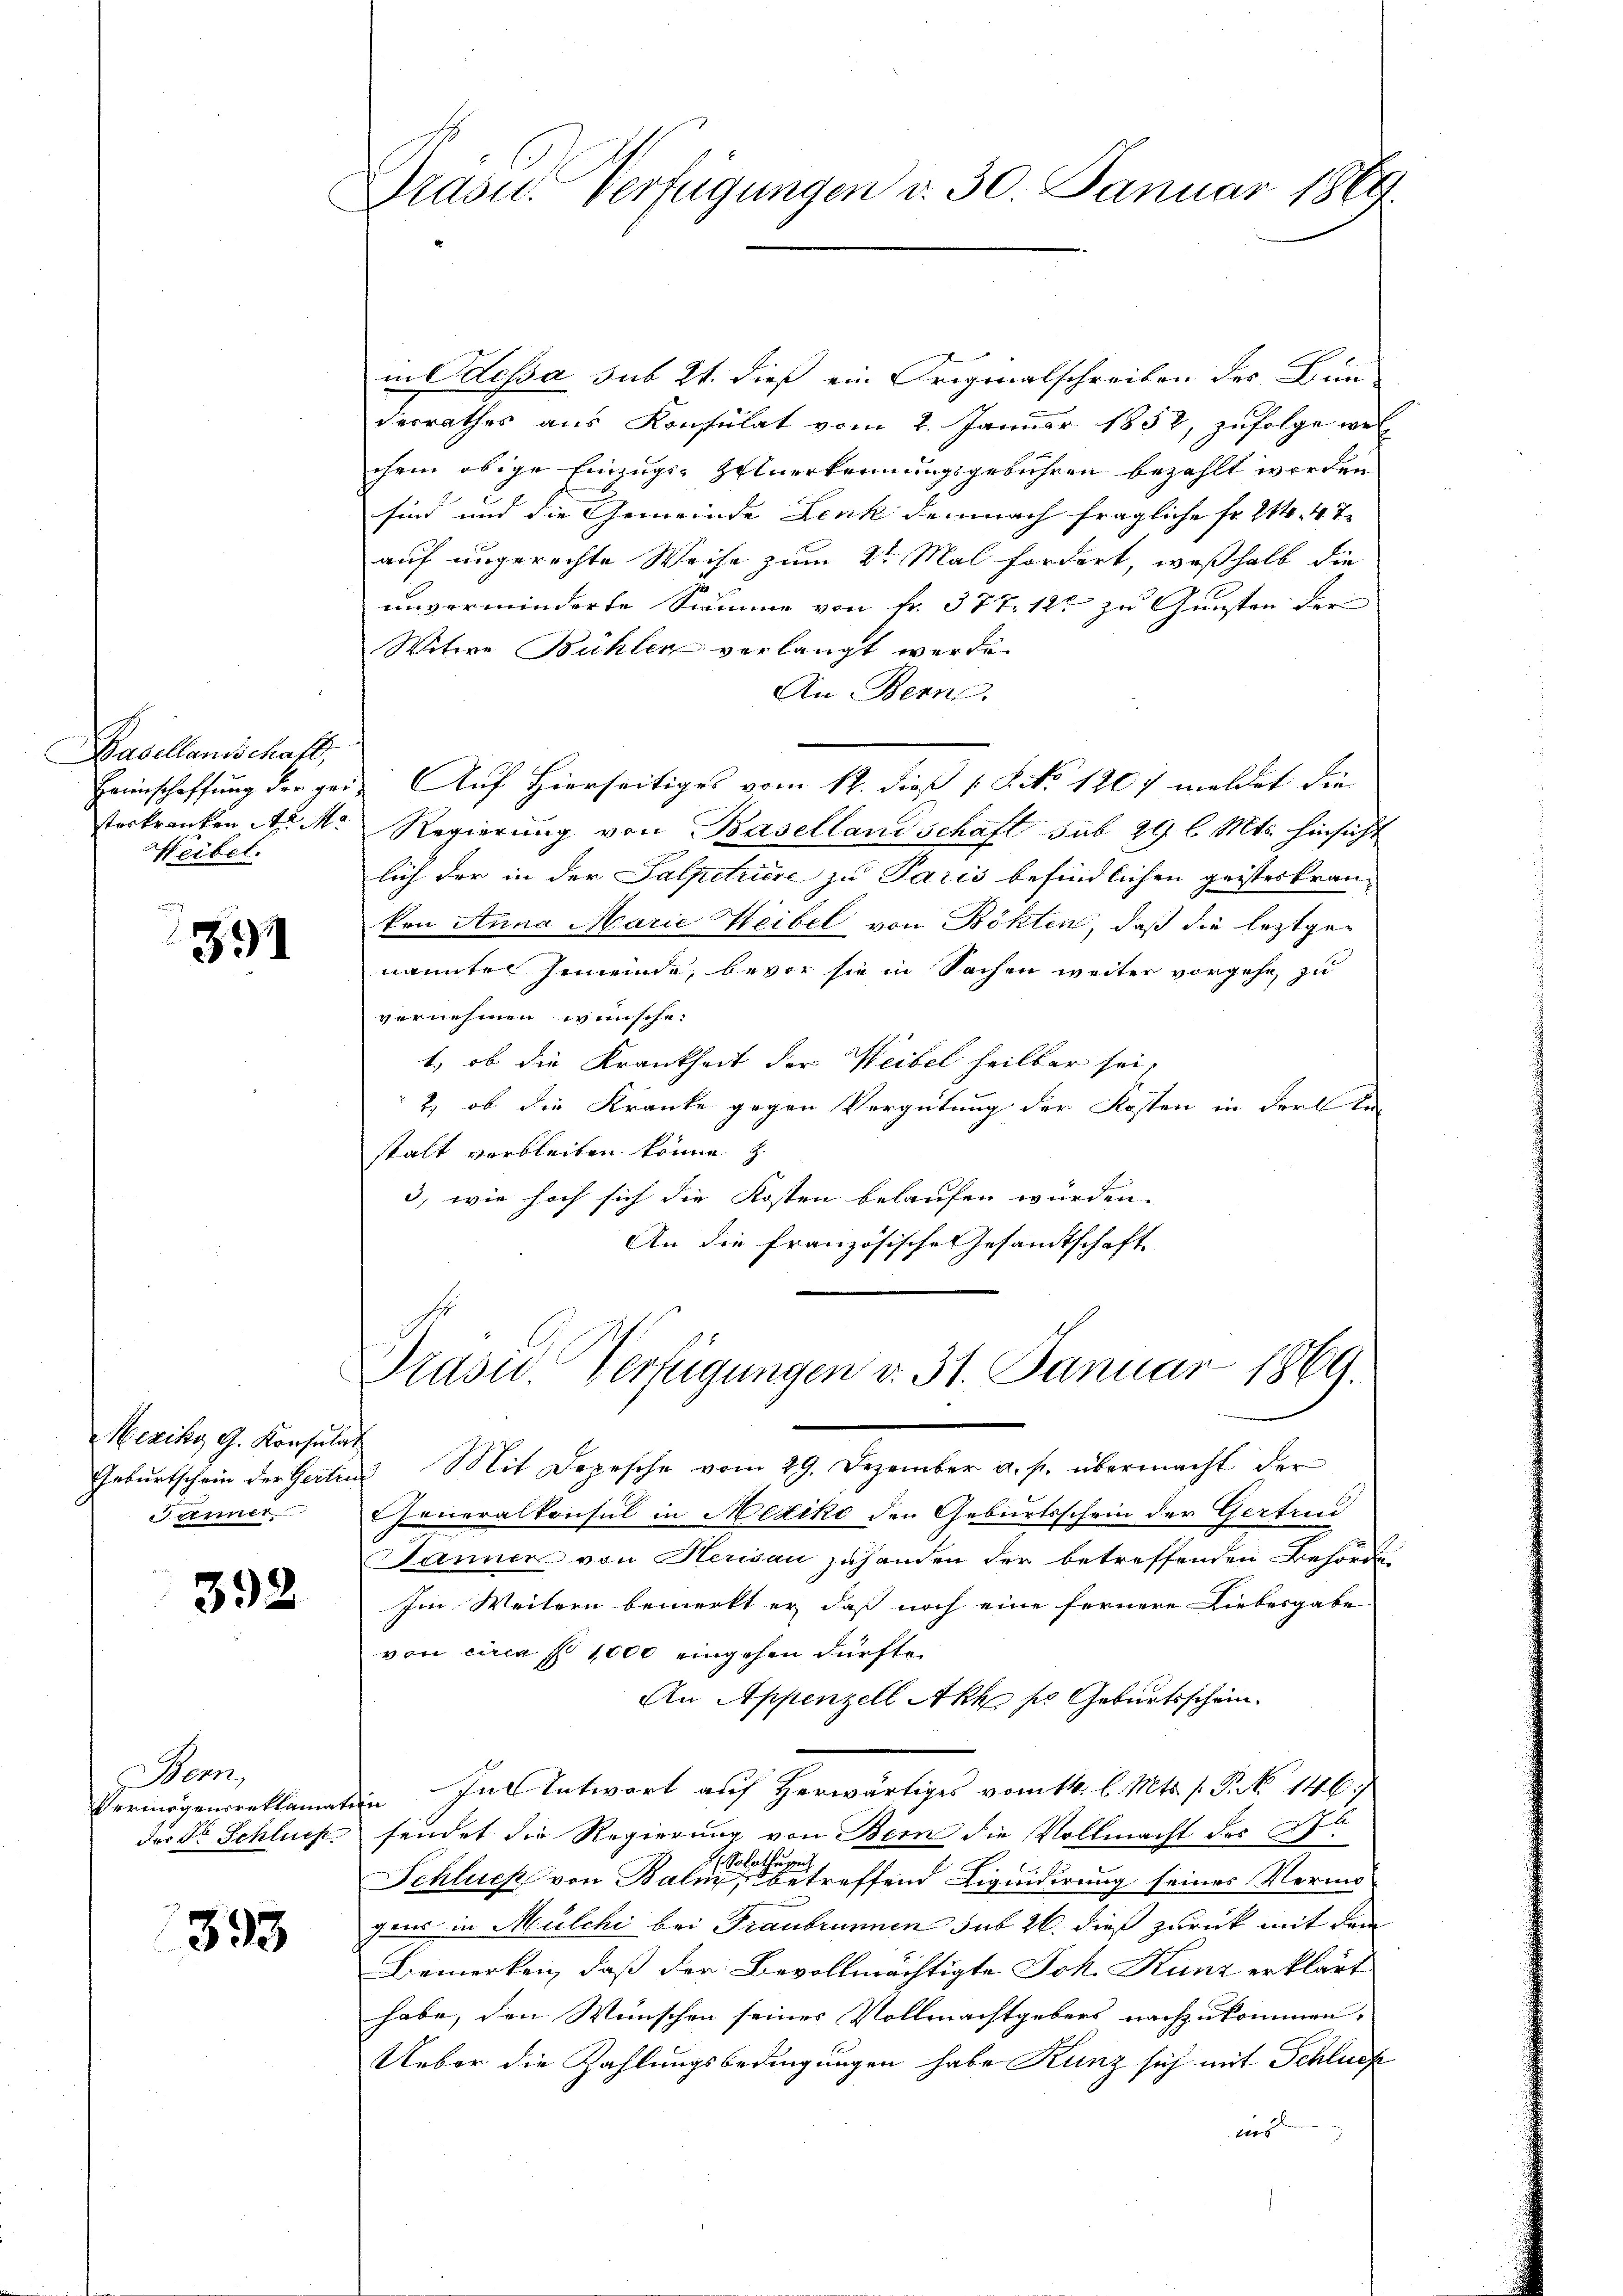
Basellandschaft,
Heibel.

391

Mexiky G. Konsulat
Jänner.

392

Bem,
der Dr Schlues

393.

Grasu. Verfügungen d. 30. Januar 1869.

in Plessa sub 21. dieß ein Originalschreiben des Bunderrathes aus Konsulat vom 2. Januar 1852, zufolge wel
chem obige Einzuge zuerkennungsgebühren bezahlt werden
sind und die Gemeinde Lenk demnach fragliche Fr. 214. 47.
auf ungerechte Weise zum 2t Mal fordert, weßhalb die
unverminderte Summe von fr. 377. 12 zu Gunsten der
Witwe Bühlen verlangt werde.
An Bern
Heimschaffung der gei- Auf Hierseitiges vom 12. dieß 18. No. 1207 meldet die
sterkranken A. M. Regierung von Basellandschaft sub 29 l. Mts. hinsicht
lich der in der Salpetriere zu Paris befindlichen geisteskrankon Anna Marie Heibel von Böhlen, daß die leztgenannte Gemeinde, bevor sie in Sachen weiter vorgehe, zu
vernehmen wünsche.
1, ob die Krankheit der Weibel heilbar sei
2) ob die Kranke gegen Vergütung der Kosten in der bestalt verbleiben könne z
3., wie hoch sich die Kosten belaufen würden.
An die französische Gesandtschaft

Prasid. Verfügungen v. 31. Januar 1869.

Gebŭrtschein der Gertrud Mit Depesche vom 29. Dezember a. p. übermacht der
Cheneralkonsul in Mediko den Geburtsschein der Gertrun
Janner von Herisau zuhanden der betreffenden Behörde
Im Weitern bemerkt er, daß noch eine fernere Liebesgabe
von circa st 1000 eingehen dürfte.
An Appenzell Akt ser Geburtsschein.
Vermögensreklamation In Antwort auf herwärtiges vom 14. l. Mts. s. S. 146.
sendet die Regierung von Bern die Vollmacht des St
 Solothusen
Schluck von Balnz, betreffend Liquidirung seiner Vermögens in Mülchi bei Traubrunnen sub 26. dieß zurück mit dem
Bemerken, daß der Bevollmächtigte Joh. Kunz erklärt
habe, den Wünschen seines Vollmachtgebens nachzukommen. |
Ueber die Zahlungsbedingungen habe Kunz sich mit Schluch
ins